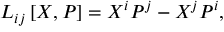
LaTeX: L _ { i j } \left[ X , P \right] = X ^ { i } P ^ { j } - X ^ { j } P ^ { i } ,